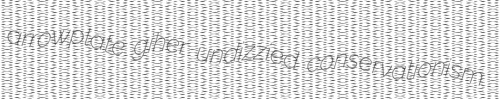
arrowplate giher undizzied conservationism